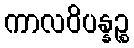
ကာလဝိပန္နဉ္စ